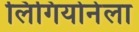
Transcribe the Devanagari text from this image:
लिगियोनेला